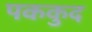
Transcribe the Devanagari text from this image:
पककुद